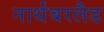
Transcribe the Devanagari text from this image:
नार्थंबरलैड